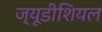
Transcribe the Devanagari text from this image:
ज्यूडीशियल